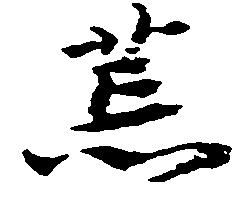
荒